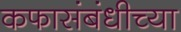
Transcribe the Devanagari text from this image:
कफासंबंधीच्या